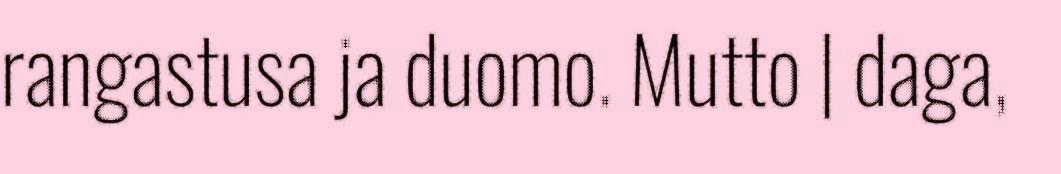
rangastusa ja duomo. Mutto | daga,